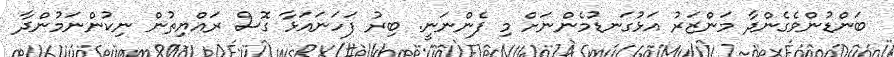
ބަންޑުންވެގެންދާ މަންޒަރު އަޅުގަނޑުމެންނަށް މި ފެންނަނީ. ބިރު ފަހަނައަޅާ ގޮސް ރައްޔިތުން ނިކުންނަމުންދާ